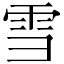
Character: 雪